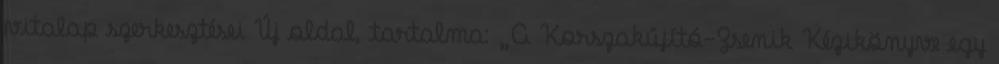
vitalap szerkesztései Új oldal, tartalma: „A Korszakújító-Zsenik Kézikönyve egy